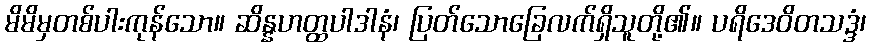
မိမိမှတစ်ပါးကုန်သော။ ဆိန္နဟတ္ထပါဒါနံ၊ ပြတ်သောခြေလက်ရှိသူတို့၏။ ပရိဒေဝိတသဒ္ဒံ၊